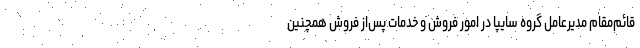
قائم‌مقام مدیرعامل گروه سایپا در امور فروش و خدمات پس‌از فروش همچنین